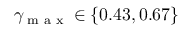
\gamma _ { \textrm { m a x } } \in \{ 0 . 4 3 , 0 . 6 7 \}